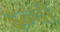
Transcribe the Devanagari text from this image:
इन्ची